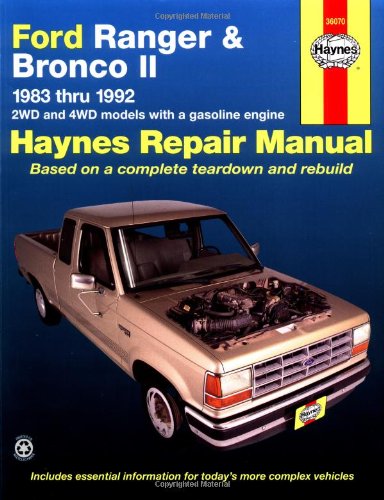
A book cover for Ford Ranger & Bronco II  '83'92 (Haynes Repair Manuals); John Haynes; Engineering & Transportation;